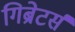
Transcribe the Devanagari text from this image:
गिब्रेटर्स